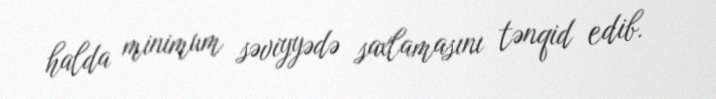
halda minimum səviyyədə saxlamasını tənqid edib.